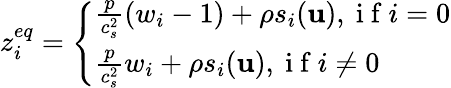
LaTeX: z_{i}^{eq}=\left\{ \begin{array}{ll}{\frac{p}{c_{s}^{2}}(w_{i}-1)+\rho s_{i}(\mathbf{u}),\mathrm{~i~f~}i=0}\\ {\frac{p}{c_{s}^{2}}w_{i}+\rho s_{i}(\mathbf{u}),\mathrm{~i~f~}i\neq 0}\end{array}\right.